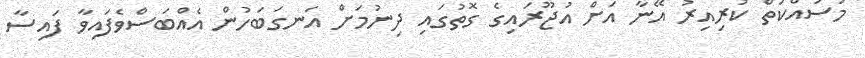
މަސައްކަތް ކުރިއިރު އޭނާ އަށް އުޖޫރައިގެ ގޮތުގައި ދިނުމަށް އަނގަބަހުން އެއްބަސްވެފައިވާ ފައިސާ